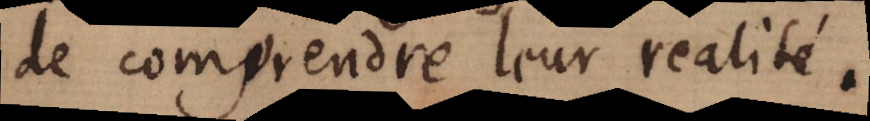
de comprendre leur realité.